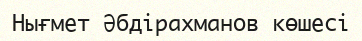
Нығмет Әбдірахманов көшесі